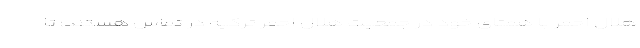
هلال احمر با همتای خود در جمعیت هلال احمر ترکیه در تماس هستند؛ تا